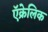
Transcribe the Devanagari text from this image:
ऍक्रेलिक